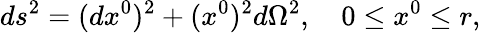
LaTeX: ds^{2}=(dx^{0})^{2}+(x^{0})^{2}d\Omega^{2},\quad 0\le x^{0}\le r,